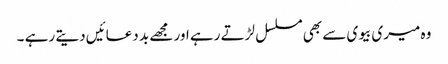
وہ میری بیوی سے بھی مسلسل لڑتے رہے اور مجھے بد دعائیں دیتے رہے ۔